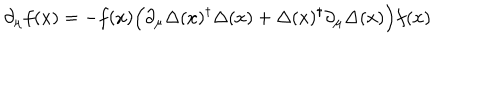
\partial _ { \mu } f ( x ) = - f ( x ) \Bigl ( \partial _ { \mu } \Delta ( x ) ^ { \dagger } \Delta ( x ) + \Delta ( x ) ^ { \dagger } \partial _ { \mu } \Delta ( x ) \Bigr ) f ( x )